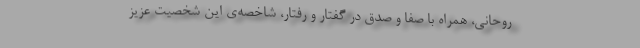
روحانی، همراه با صفا و صدق در گفتار و رفتار، شاخصه‌ی این شخصیت عزیز